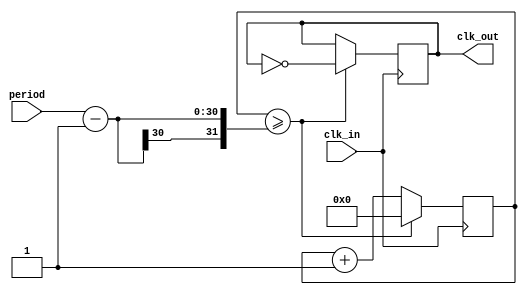
/*******************************/
/*** Module_FrequencyDivider ***/
/*******************************/

module	Module_FrequencyDivider	(	clk_in,
					period,

					clk_out);

input		clk_in;
input	[29:0]	period;

output		clk_out;

reg		clk_out;

reg	[29:0]	counter;

always @(posedge clk_in) begin
	if (counter >= (period - 1)) begin
		counter = 0;
		clk_out = ~clk_out;
	end else
		counter = counter + 1;
end

endmodule

/**************************************/
/*** Module_SynchroCounter_8_bit_SR ***/
/**************************************/

module	Module_SynchroCounter_8_bit_SR	(	qzt_clk,
						clk_in,
						set,
						reset,
						presetValue,
						limit,

						out,
						carry);

input		qzt_clk;
input		clk_in;
input		set;
input		reset;
input	[7:0]	presetValue;
input	[7:0]	limit;

output	[7:0]	out;
output		carry;

reg	[7:0]	out;
reg		carry;

reg		clk_in_old;


always @(posedge qzt_clk) begin
	if (reset) begin
		out = 0;
		carry = 0;
	end else if (set) begin
		out = presetValue;
		carry = 0;
	end else if (!clk_in_old & clk_in) begin
		if (out >= (limit - 8'b00000001)) begin
			out = 0;
			carry = 1;
		end else if (out == 0) begin
			out = 1;
			carry = 0;
		end else
			out = out + 1;
	end

	clk_in_old = clk_in;
end

endmodule

/*********************************************/
/*** Module_Multiplexer_2_input_8_bit_sync ***/
/*********************************************/

module	Module_Multiplexer_2_input_8_bit_sync	(	clk_in,
							address,
							input_0,
							input_1,

							mux_output);

input		clk_in;
input		address;
input	[7:0]	input_0;
input	[7:0]	input_1;

output	[7:0]	mux_output;

reg	[7:0]	mux_output;

always @(posedge clk_in) begin
	mux_output = (address)? input_1 : input_0;
end

endmodule

/*****************************/
/*** Module_MonostableHold ***/
/*****************************/

`define		defaultN 	28'b111101000010010000	//	2.5 10^5 ===> 5 ms

module Module_Monostable	(	clk_in,
					monostable_input,
					N,

					monostable_output);

input		clk_in;
input		monostable_input;
input	[27:0]	N;

output		monostable_output;

reg		monostable_output = 0;

reg		monostable_input_old = 0;
reg 	[27:0]	counter = 0;

always @(posedge clk_in) begin
	if (counter == 0) begin
		if (!monostable_input_old & monostable_input) begin
			counter =((N)? N : `defaultN) - 1;
			monostable_output = 1;
		end else
			monostable_output = 0;
	end else
		counter = counter - 1;

	monostable_input_old = monostable_input;
end	

endmodule

/**********************************/
/*** Module_ToggleFlipFlop_sync ***/
/**********************************/

module Module_ToggleFlipFlop	(	clk_in,
					ff_input,

					ff_output);

input		clk_in;
input		ff_input;

output		ff_output;

reg		ff_output;

reg		ff_input_previous;

always @(posedge clk_in) begin
	if (!ff_input_previous & ff_input) begin
		ff_output = ~ff_output;
	end

	ff_input_previous = ff_input;
end	

endmodule

/***************************/
/*** Module_Latch_16_bit ***/
/***************************/

module	Module_Latch_16_bit	(	clk_in,
					holdFlag,
					twoByteInput,

					twoByteOuput);

input		clk_in;
input		holdFlag;
input	[15:0]	twoByteInput;

output	[15:0]	twoByteOuput;

reg	[15:0]	twoByteOuput;


always @(posedge clk_in) begin
	if (!holdFlag) twoByteOuput = twoByteInput;
end

endmodule